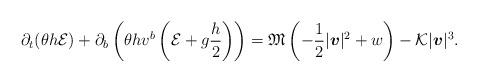
LaTeX: \begin{align*} \partial_t (\theta h{\cal E}) + \partial_b \left(\theta h v^b \left({\cal E}+g\frac{h}{2}\right)\right) = \mathfrak{M}\left(-\frac{1}{2}|\boldsymbol{v}|^2+w\right) -{\cal K}|\boldsymbol{v}|^3.\end{align*}